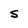
Character: S